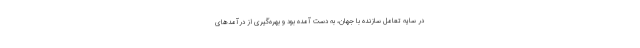
در سایه تعامل سازنده با جهان، به دست آمده بود و بهره‌گیری از درآمدهای